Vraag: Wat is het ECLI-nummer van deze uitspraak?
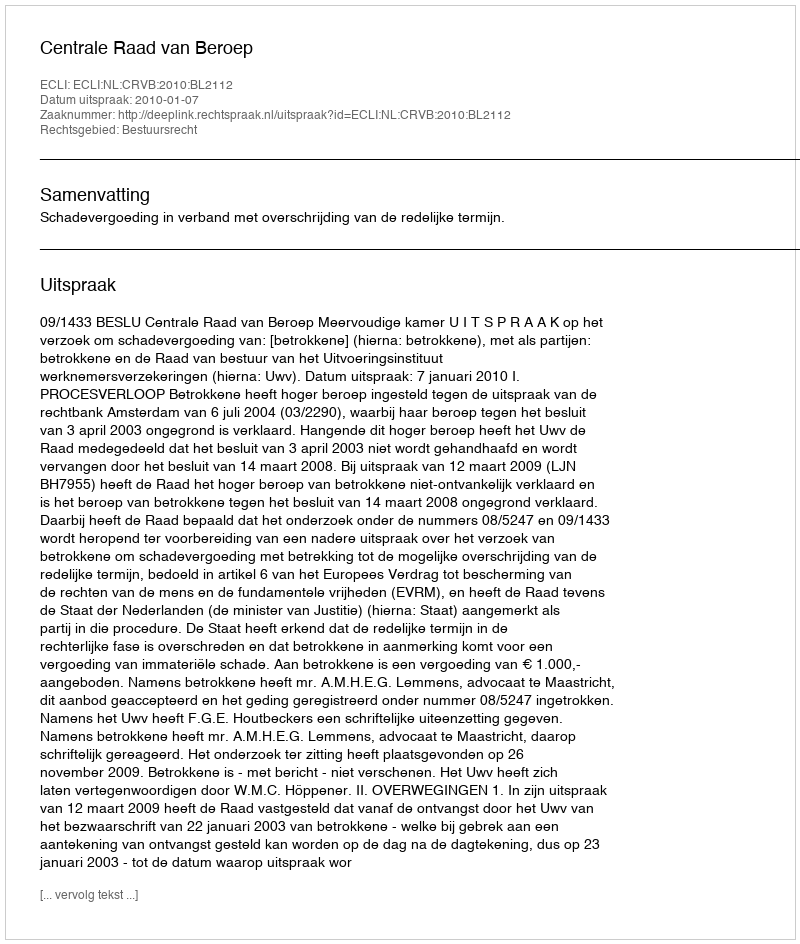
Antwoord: ECLI:NL:CRVB:2010:BL2112